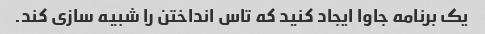
یک برنامه جاوا ایجاد کنید که تاس انداختن را شبیه سازی کند.